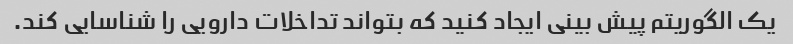
یک الگوریتم پیش بینی ایجاد کنید که بتواند تداخلات دارویی را شناسایی کند.